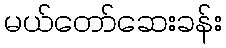
မယ်တော်ဆေးခန်း